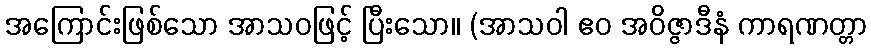
အကြောင်းဖြစ်သော အာသဝဖြင့် ပြီးသော။ (အာသဝါ ဧဝ အဝိဇ္ဇာဒီနံ ကာရဏတ္တာ